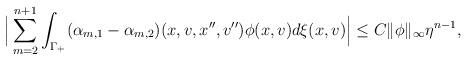
LaTeX: \begin{align*}\Big|\sum_{m=2}^{n+1}\int_{\Gamma_+}(\alpha_{m,1}-\alpha_{m,2})(x,v,x'',v'')\phi(x,v)d \xi(x,v)\Big|\le C\|\phi\|_\infty \eta^{n-1},\end{align*}